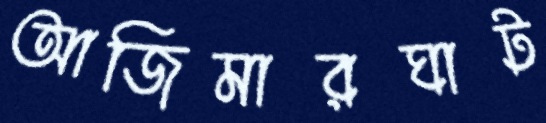
আজিমারঘাট